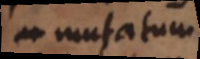
_ mutatum